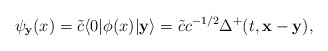
\begin{align*}\psi_{{\bf y}}(x)=\tilde{c}\langle 0|\phi(x)|{\bf y}\rangle =\tilde{c}c^{-1/2}\Delta^+(t,{\bf x}-{\bf y}) ,\end{align*}